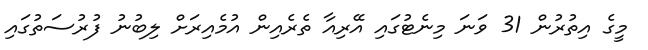
މީގެ އިތުރުން 31 ވަނަ މިނެޓުގައި އޭރިއާ ތެރެއިން އުމެއިރަށް ލިބުނު ފުރުސަތުގައި